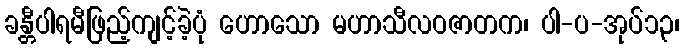
ခန္တီပါရမီဖြည့်ကျင့်ခဲ့ပုံ ဟောသော မဟာသီလဝဇာတက၊ ပါ-ပ-အုပ်၁၃၊